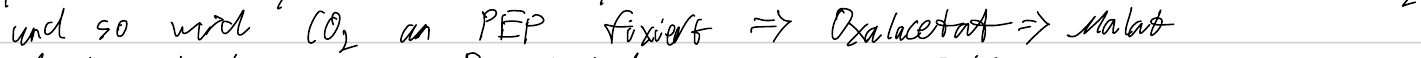
und so wird CO2 an PEP fixiert => Oxalacetat => Malat